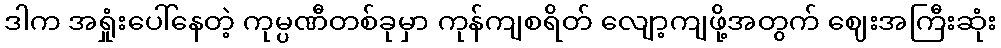
ဒါက အရှုံးပေါ်နေတဲ့ ကုမ္ပဏီတစ်ခုမှာ ကုန်ကျစရိတ် လျော့ကျဖို့အတွက် ဈေးအကြီးဆုံး